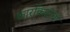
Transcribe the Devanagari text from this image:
कारकिदीची